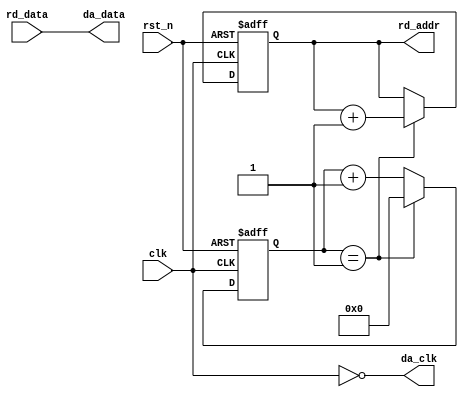
`timescale 1ns / 1ps
//////////////////////////////////////////////////////////////////////////////////
// Company: 
// Engineer: 
// 
// Design Name: 
// Module Name: DA_module
// Project Name: 
// Target Devices: 
// Tool Versions: 
// Description: 
// 
// Dependencies: 
// 
// Revision:
// Revision 0.01 - File Created
// Additional Comments:
// 
//////////////////////////////////////////////////////////////////////////////////


module DA_module(
     input                 clk    ,  //
     input                 rst_n  ,  //
     
     input        [7:0]    rd_data,  //ROM
     output  reg  [7:0]    rd_addr,  //ROM
     //DA
     output                da_clk ,  //DA(AD9708),125Mhz
     output       [7:0]    da_data   //DA  
     );
 
 //parameter
 //
 parameter  FREQ_ADJ = 8'd1;  //,FREQ_ADJ,,0~255
 
 //reg define
 reg    [7:0]    freq_cnt  ;  //
 
 //*****************************************************
 //**                    main code
 //*****************************************************
 assign  da_clk = ~clk;       
 assign  da_data = rd_data;   //ROMDA
 
 //
 always @(posedge clk or negedge rst_n) begin
     if(rst_n == 1'b0)
         freq_cnt <= 8'd0;
     else if(freq_cnt == FREQ_ADJ)    
         freq_cnt <= 8'd0;
     else         
         freq_cnt <= freq_cnt + 8'd1;
 end
 
 //ROM
 always @(posedge clk or negedge rst_n) begin
     if(rst_n == 1'b0)
         rd_addr <= 8'd0;
     else begin
         if(freq_cnt == FREQ_ADJ) begin
             rd_addr <= rd_addr + 8'd1;
         end    
     end            
 end
 

endmodule